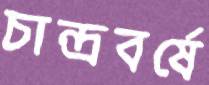
চান্দ্রবর্ষে